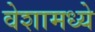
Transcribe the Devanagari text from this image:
वेशामध्ये